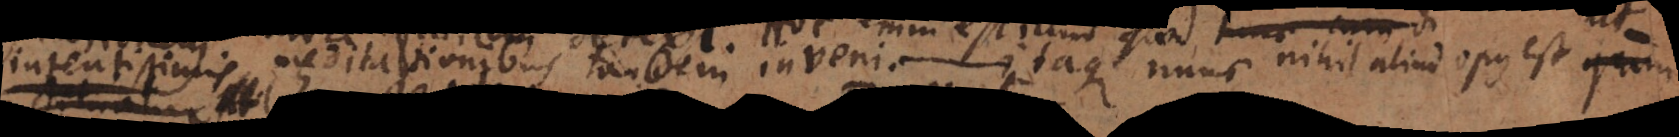
intentissimis meditationibus tandem inveni. Itaque nunc nihil aliud opus est quam